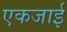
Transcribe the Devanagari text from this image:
एकजाई